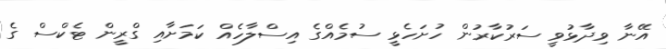
އޭނާ ވިދާޅުވީ ސަރުކާރުން ހުށަހެޅީ ސުމެއްގެ އިސްލާހެއް ކަމަށާއި ގްރީން ޓެކްސް ގެ